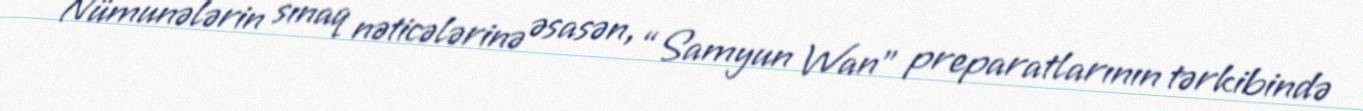
Nümunələrin sınaq nəticələrinə əsasən, “Samyun Wan” preparatlarının tərkibində